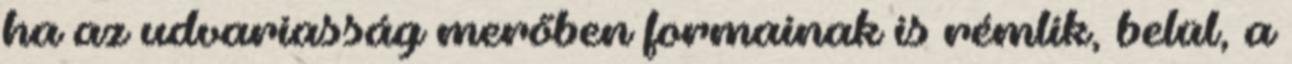
ha az udvariasság merőben formainak is rémlik, belül, a